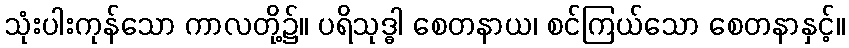
သုံးပါးကုန်သော ကာလတို့၌။ ပရိသုဒ္ဓါ စေတနာယ၊ စင်ကြယ်သော စေတနာနှင့်။